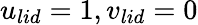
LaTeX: u_{lid}=1,v_{lid}=0